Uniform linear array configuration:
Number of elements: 32
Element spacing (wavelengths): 0.75
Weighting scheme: binomial
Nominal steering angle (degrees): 30
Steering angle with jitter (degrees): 29.636
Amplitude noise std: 0.05
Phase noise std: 0.05

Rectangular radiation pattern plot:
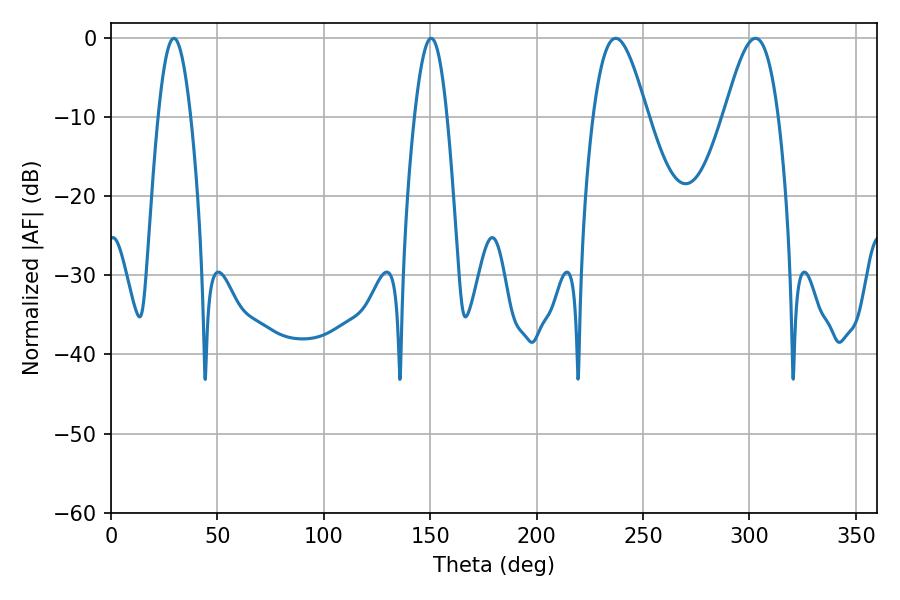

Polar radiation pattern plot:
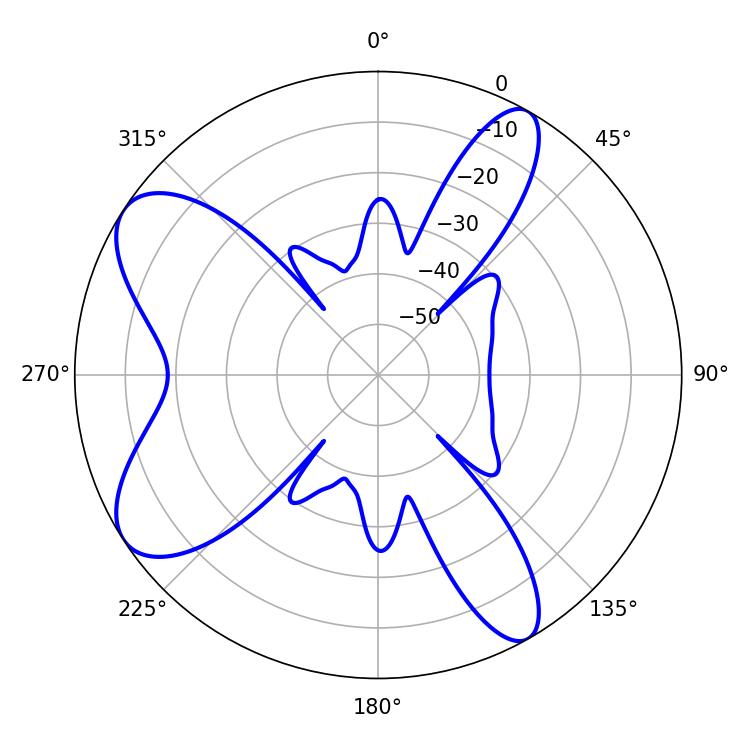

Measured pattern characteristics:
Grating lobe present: TRUE
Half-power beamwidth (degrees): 8.28
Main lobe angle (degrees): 150.48